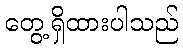
တွေ့ရှိထားပါသည်